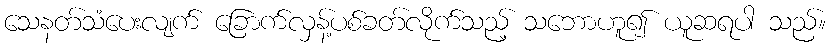
သေနတ်သံပေးလျက် ခြောက်လှန့်ပစ်ခတ်လိုက်သည့် သဘောဟူ၍ ယူဆရပါ သည်။